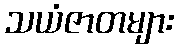
သယံဇာတများ